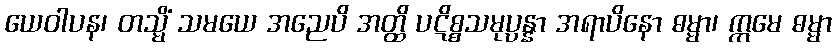
ယေဝါပန၊ တသ္မိံ သမယေ အညေပိ အတ္ထိ ပဋိစ္စသမုပ္ပန္နာ အရာပိနော ဓမ္မာ၊ ဣမေ ဓမ္မာ